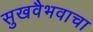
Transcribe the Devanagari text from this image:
सुखवैभवाचा